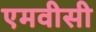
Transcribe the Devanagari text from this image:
एमवीसी